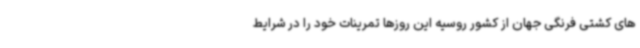
های کشتی فرنگی جهان از کشور روسیه این روزها تمرینات خود را در شرایط